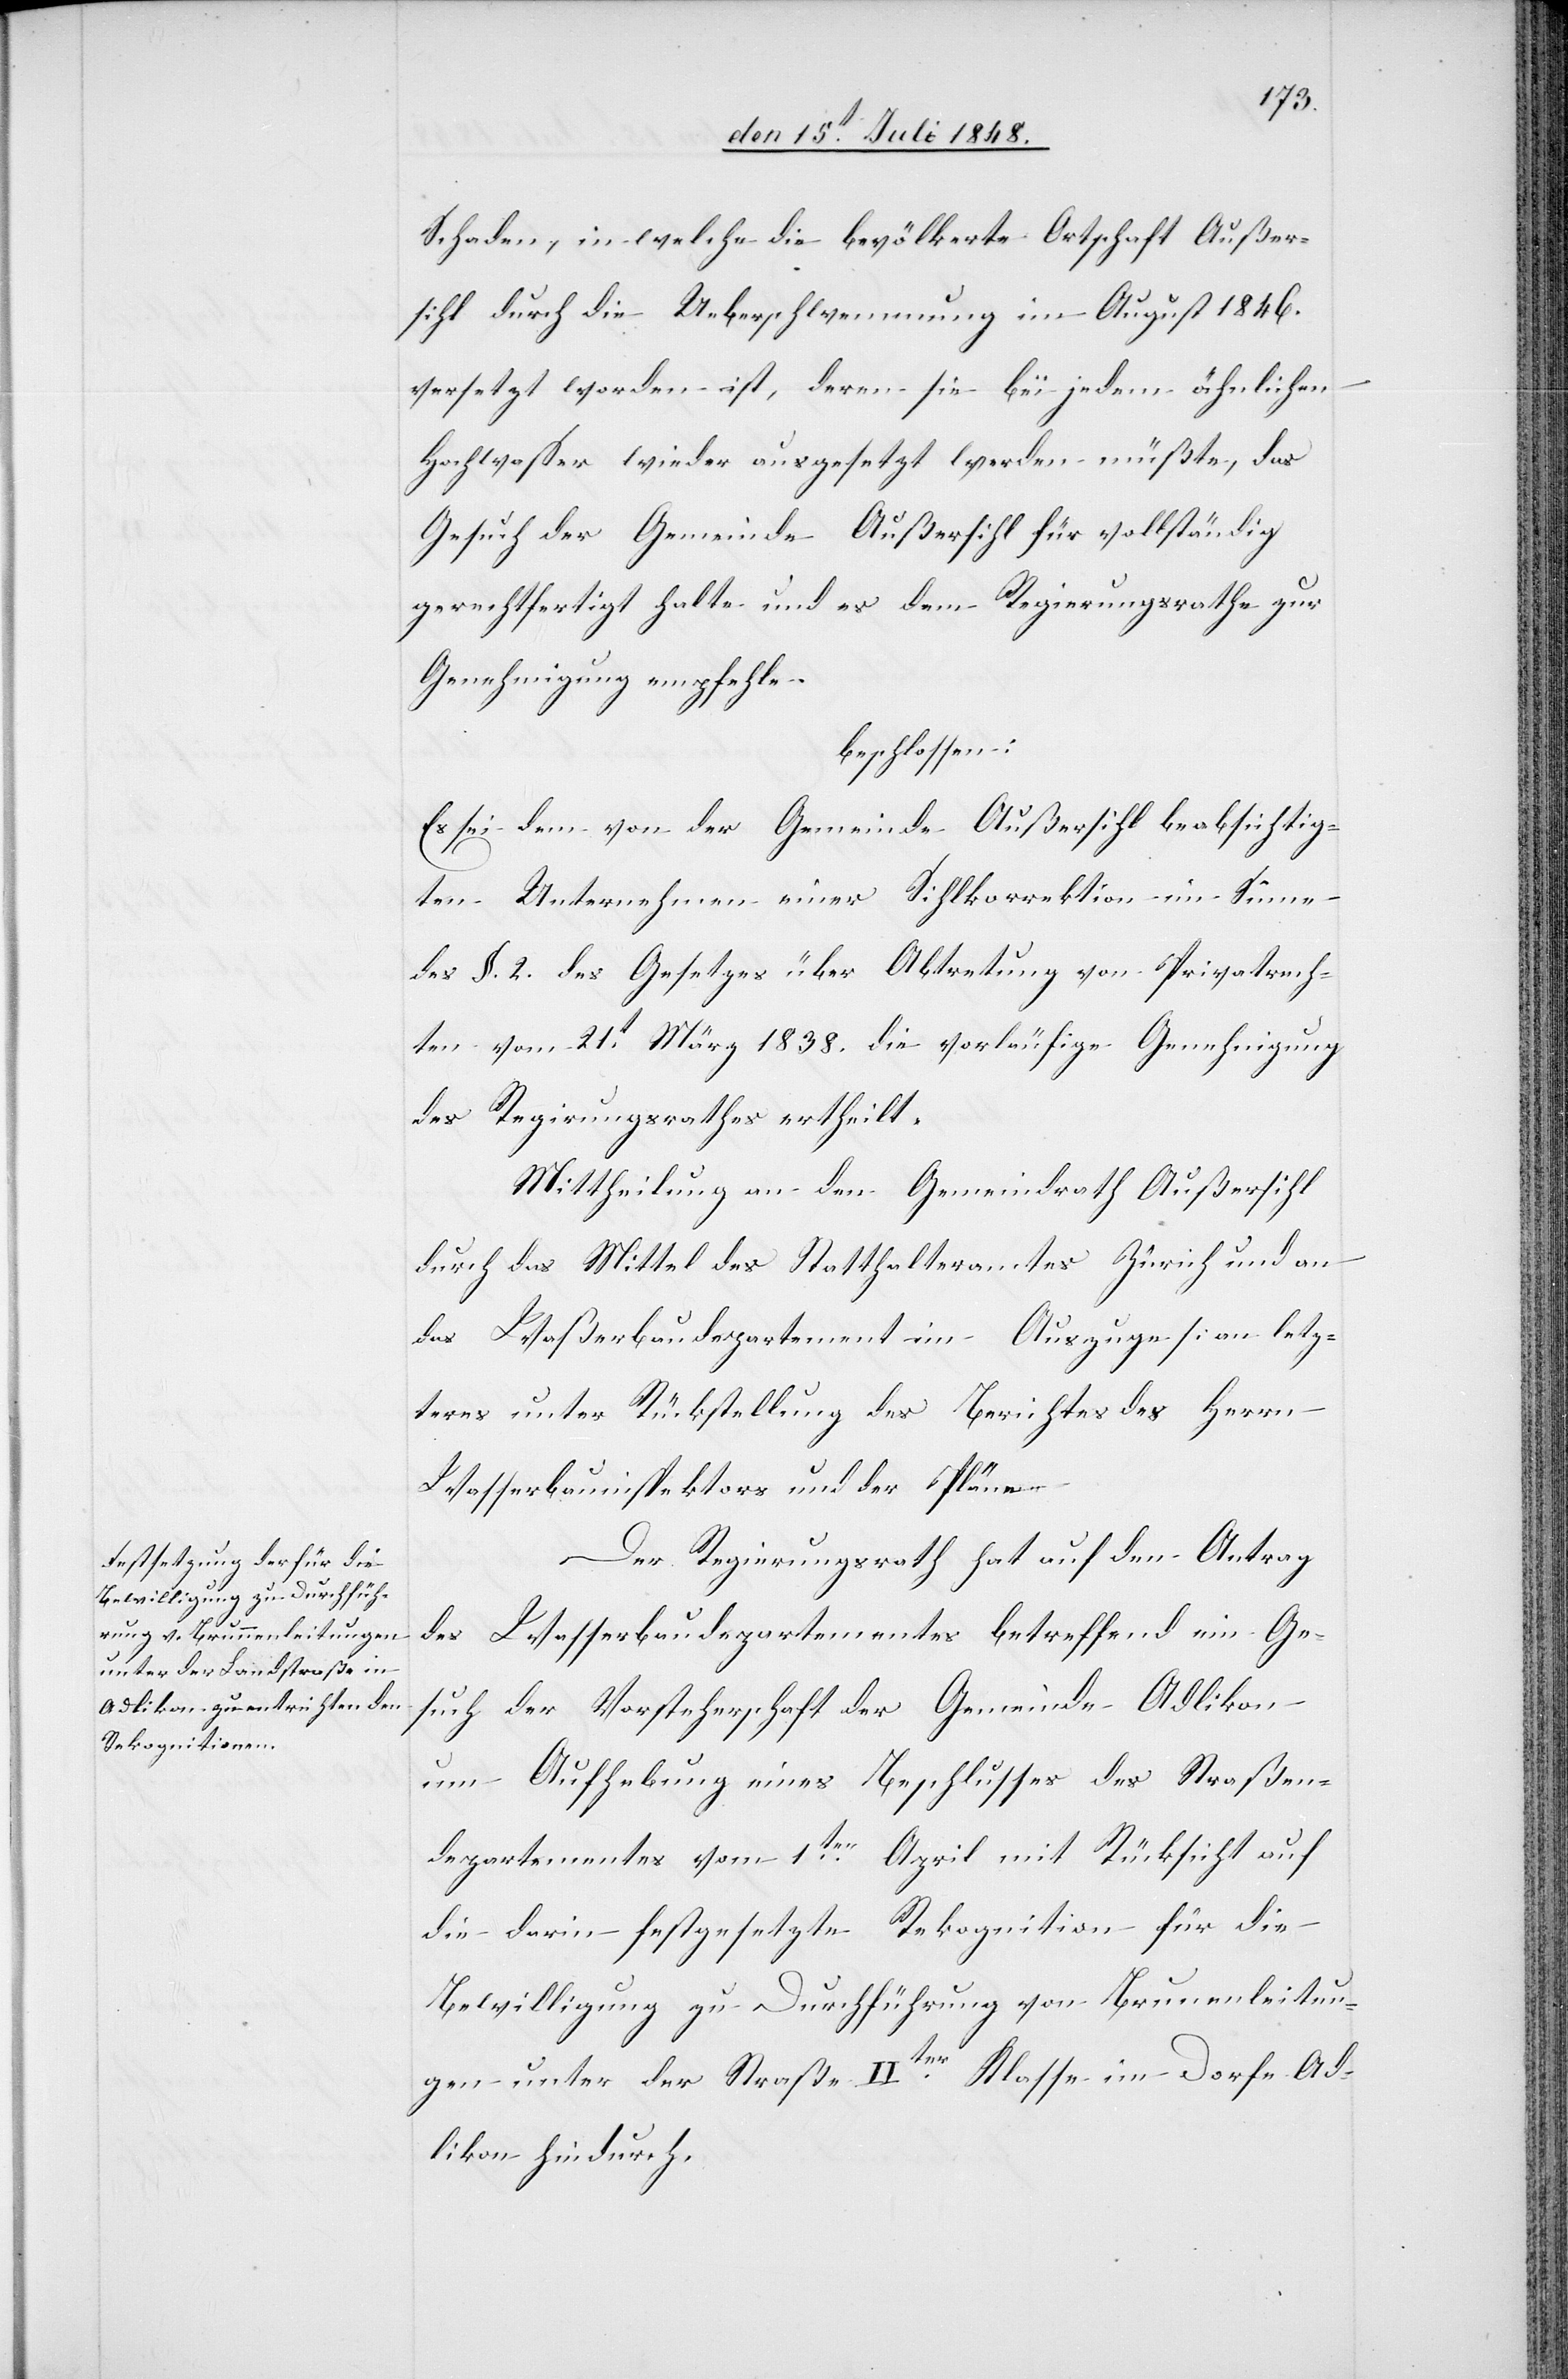
Schaden, in welche die bevölkerte Ortschaft Außer¬
sihl durch die Ueberschwemmung im August 1846.
versetzt worden ist, deren sie bei jedem ähnlichen
Hochwasser wieder ausgesetzt werden müßte, das
Gesuch der Gemeinde Außersihl für vollständig
gerechtfertigt halte und es dem Regierungsrathe zur
Genehmigung empfehle.
beschlossen:
Es sei dem von der Gemeinde Außersihl beabsichtig¬
ten Unternehmen einer Sihlkorrektion im Sinne
des §. 2. des Gesetzes über Abtretung von Privatrech¬
ten vom 21t März 1838. die vorläufige Genehmigung
des Regierungsrathes ertheilt.
Mittheilung an den Gemeindrath Außersihl
durch das Mittel des Statthalteramtes Zürich und an
das Waßerbaudepartement im Auszuge [an letz¬
teres unter Rückstellung des Berichtes des Herrn
Wasserbauinspektors und der Plän¬
gen
Der Regierungsrath hat auf den Antrag
Wasserbaudepartementes betreffend ein Ge¬
des
such der Vorsteherschaft der Gemeinde Adlikon
um Aufhebung eines Beschlusses des Straßen¬
departementes vom 1ten April mit Rücksicht auf
die darin festgesetzte Rekognition für die
Bewilligung zu Durchführung von Brunenleitun¬
unter der Straße IIter Klasse im Dorfe Ad¬
likon hindurch.